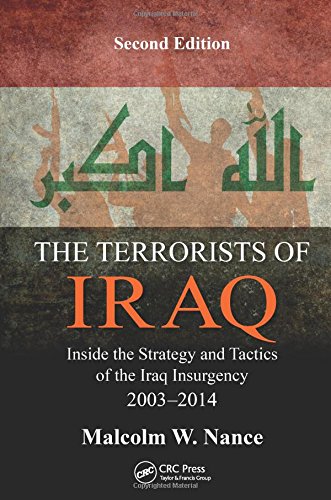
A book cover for The Terrorists of Iraq: Inside the Strategy and Tactics of the Iraq Insurgency 2003-2014, Second Edition; Malcolm W. Nance; History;